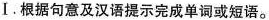
Ⅰ.根据句意及汉语提示完成单词或短语.